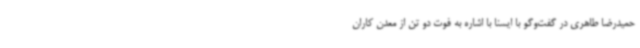
حمیدرضا طاهری در گفت‌وگو با ایسنا با اشاره به فوت دو تن از معدن کاران